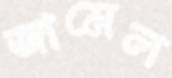
জামেল